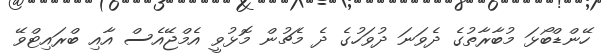
ހޭންޑްބޯޅަ މުބާރާތުގެ ދެވަނަ ދުވަހުގެ ދެ މެޗުން މޮޅުވީ އެމްޖޭއެސް އާއި ބްރައިޓްވޭ